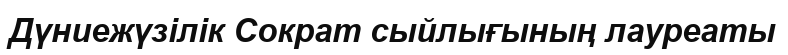
Дүниежүзілік Сократ сыйлығының лауреаты